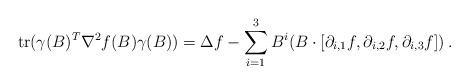
LaTeX: \begin{align*}\mathrm{tr}(\gamma(B)^T\nabla^2 f(B) \gamma (B))=\Delta f-\sum_{i=1}^{3}B^i(B\cdot [\partial_{i,1}f,\partial_{i,2}f,\partial_{i,3}f])\, .\end{align*}